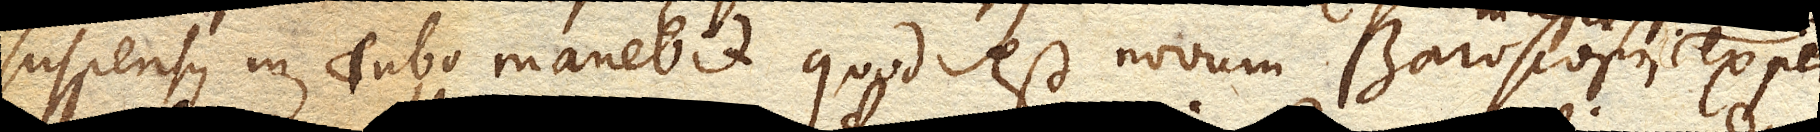
suspensus in Tubo manebit quod est novum Baroscopii experi–